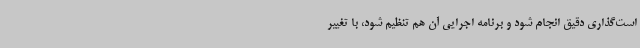
است‌گذاری دقیق انجام شود و برنامه اجرایی آن هم تنظیم شود، با تغییر